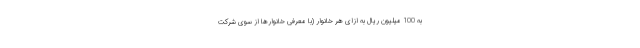
به 100 میلیون ریال به ازای هر خانوار (با معرفی خانوارها از سوی شرکت